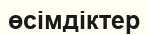
өсімдіктер